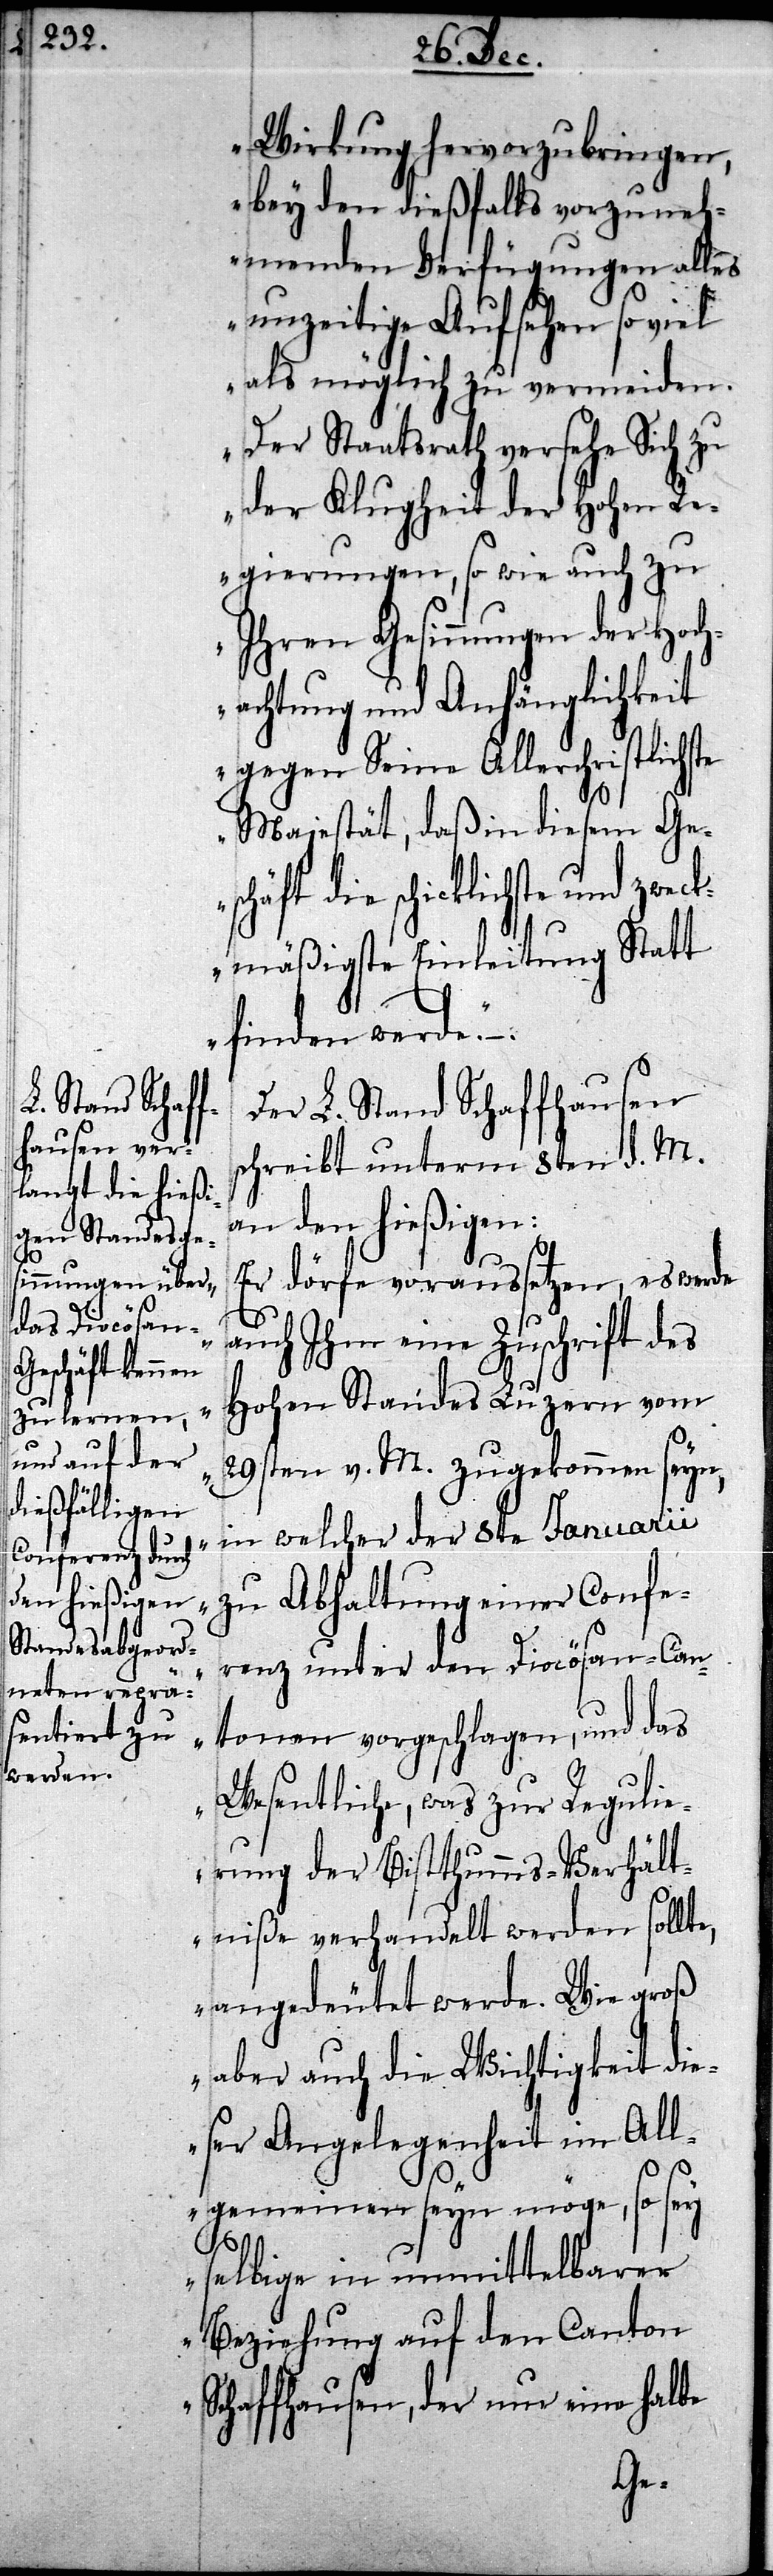
te

Wirkung hervorzubringen,
bey den dießfalls vorzuneh¬
menden Verfügungen alles
unzeitige Aufsehen so viel
als möglich zu vermeiden.
Der Staatsrath versehe Sich zu
der Klugheit der Hohen Re¬
gierungen, so wie auch zu
Ihren Gesinnungen der Hoch¬
achtung und Anhänglichkeit
gegen seine Allerchristlichs¬
Majestät, daß in diesem Ge¬
schäft die schicklichste und zwec¬
kmäßigste Einleitung Statt
finden werde.“
Der L. Stand Schaffhausen
schreibt unterm 8ten d. M.
an den hießigen:
„Er dörfe voraussetzen, es werde
auch Ihm eine Zuschrift des
Hohen Standes Luzern vom
29sten v. M. zugekommen seyn,
in welcher der 8te Januarii
zu Abhaltung einer Confe¬
renz unter den Diocösan-Can¬
tonen vorgeschlagen, und das
Wesentliche, was zur Regulie¬
rung der Bistthumms-Verhält¬
niße verhandelt werden sollte,
angedeutet werde. Wie groß
aber auch die Wichtigkeit die¬
ser Angelegenheit im All¬
gemeinen seyn möge, so sey
selbige in unmittelbarer
Beziehung auf den Canton
Schaffhausen, der nur eine halbe